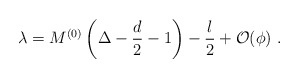
\begin{align*} \lambda = M^{(0)} \left( \Delta-\frac{d}2 -1 \right) - \frac{l}2 +\mathcal{O}(\phi)~.\end{align*}